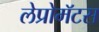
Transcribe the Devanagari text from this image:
लेप्रोमॅटस